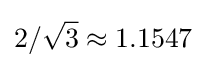
2/{\sqrt {3}}\approx 1.1547